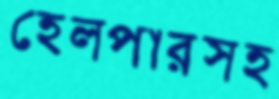
হেলপারসহ